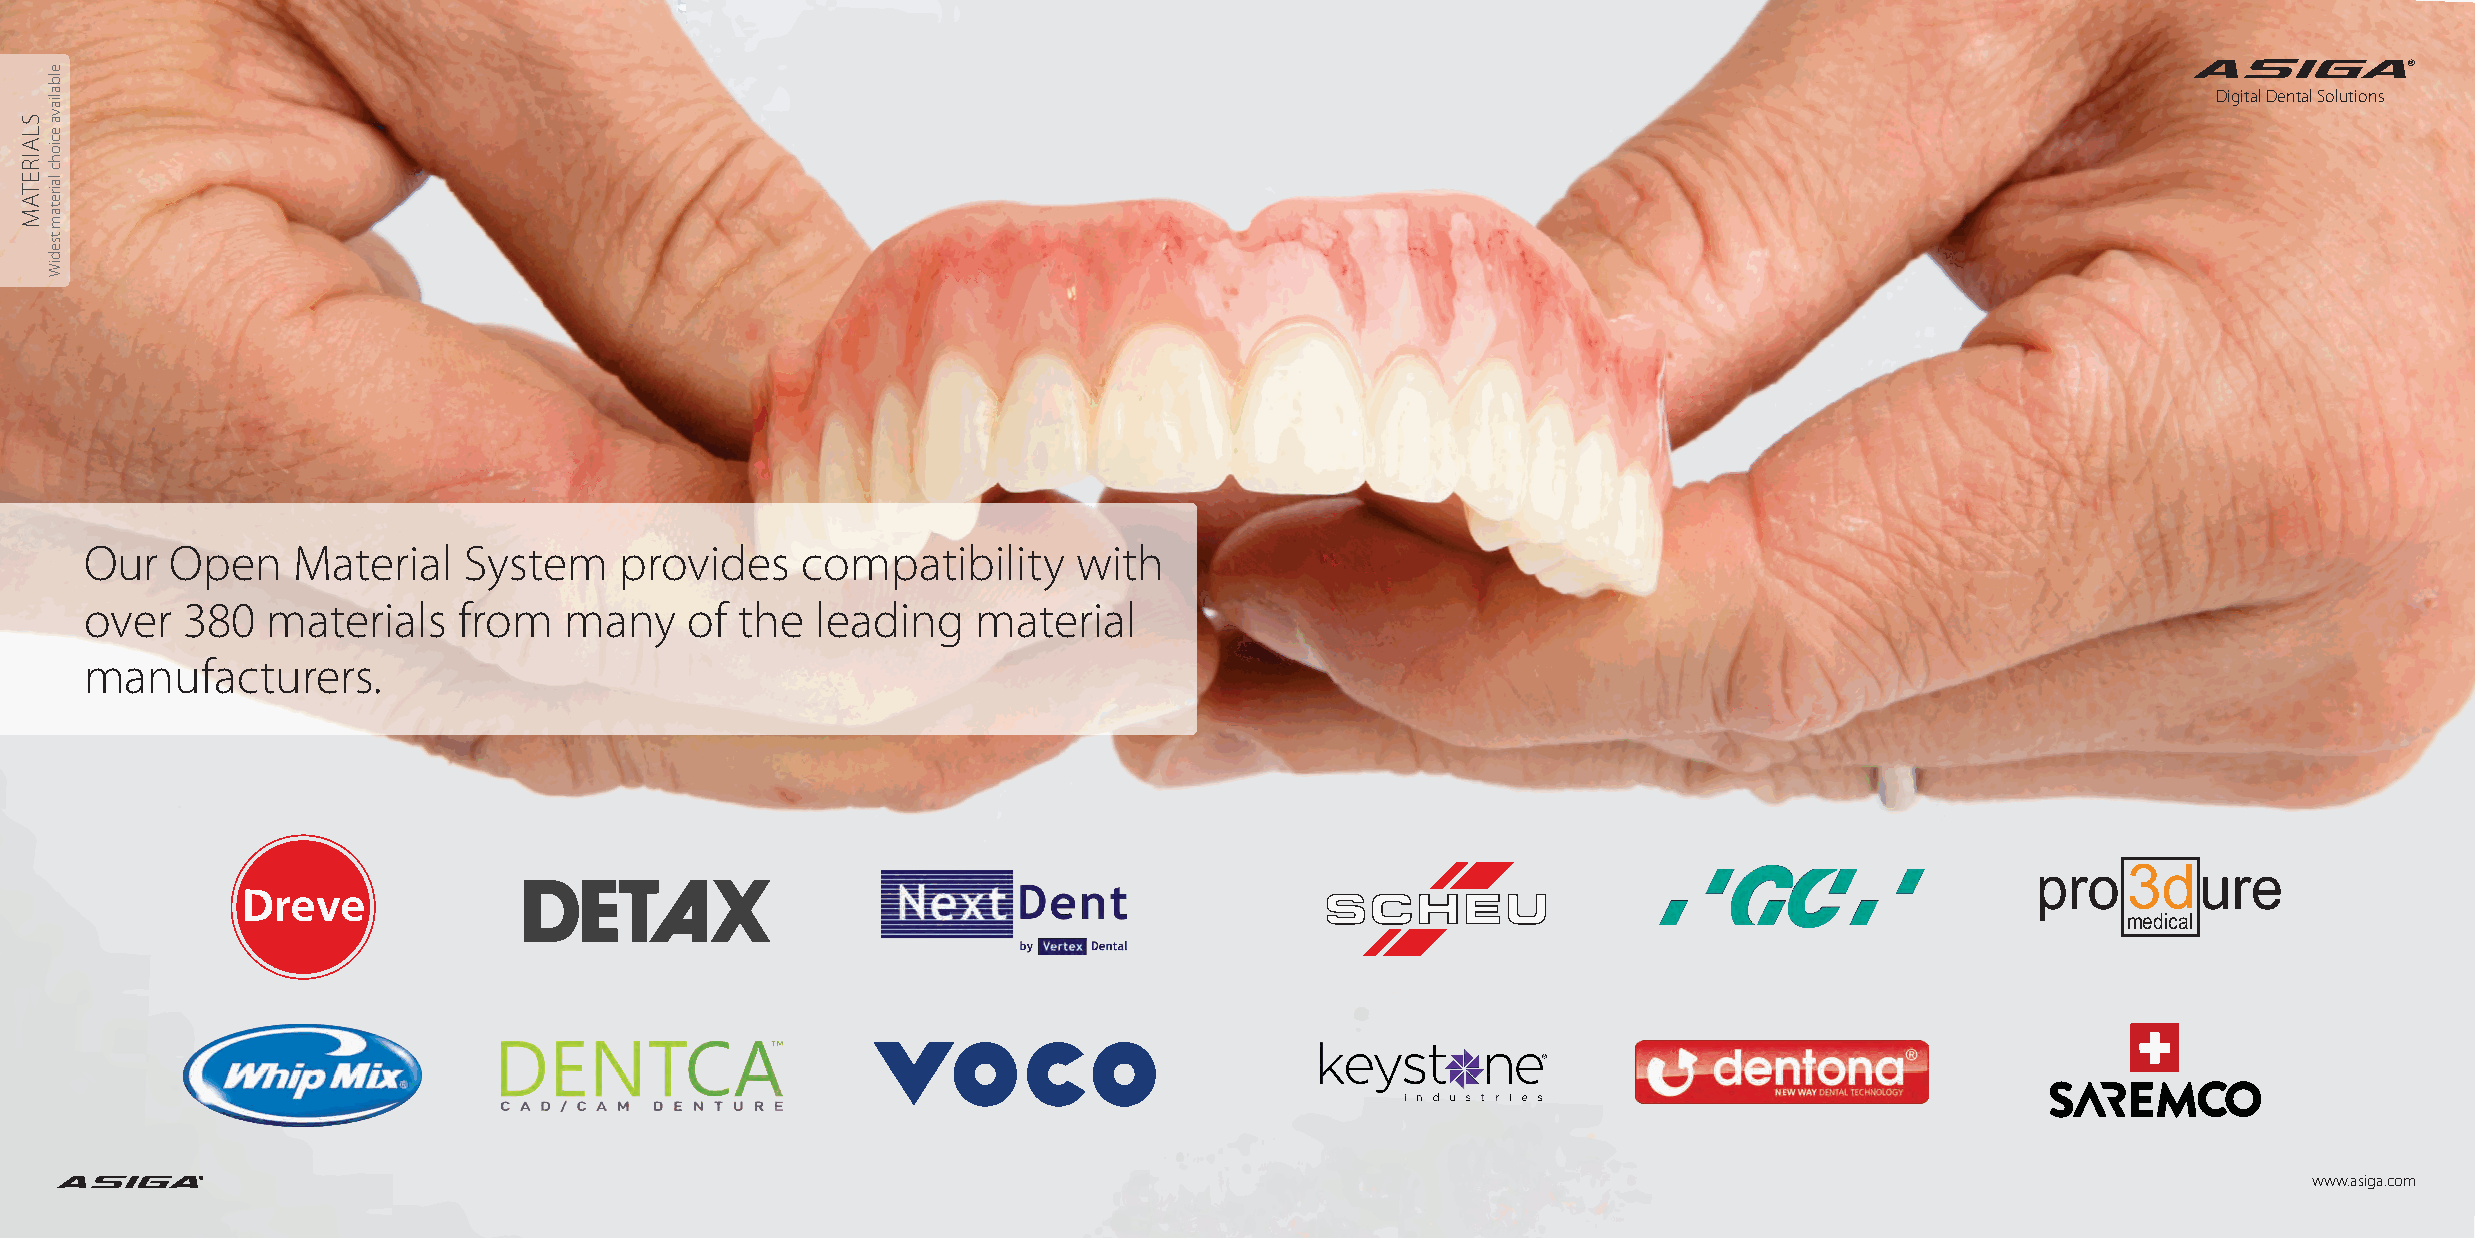
®
 Digital Dental Solutions
 Our  Open    Material    System    provides    compatibility     with
 over  380   materials   from   many    of  the  leading    material
 manufacturers.
 pro   3 d  ure
 medical
 ®                                                                                                                                           www.asiga.com
 SLAIRETAM
 elbaliava
 eciohc
 lairetam
 tsediW